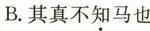
B. 其真不知马也